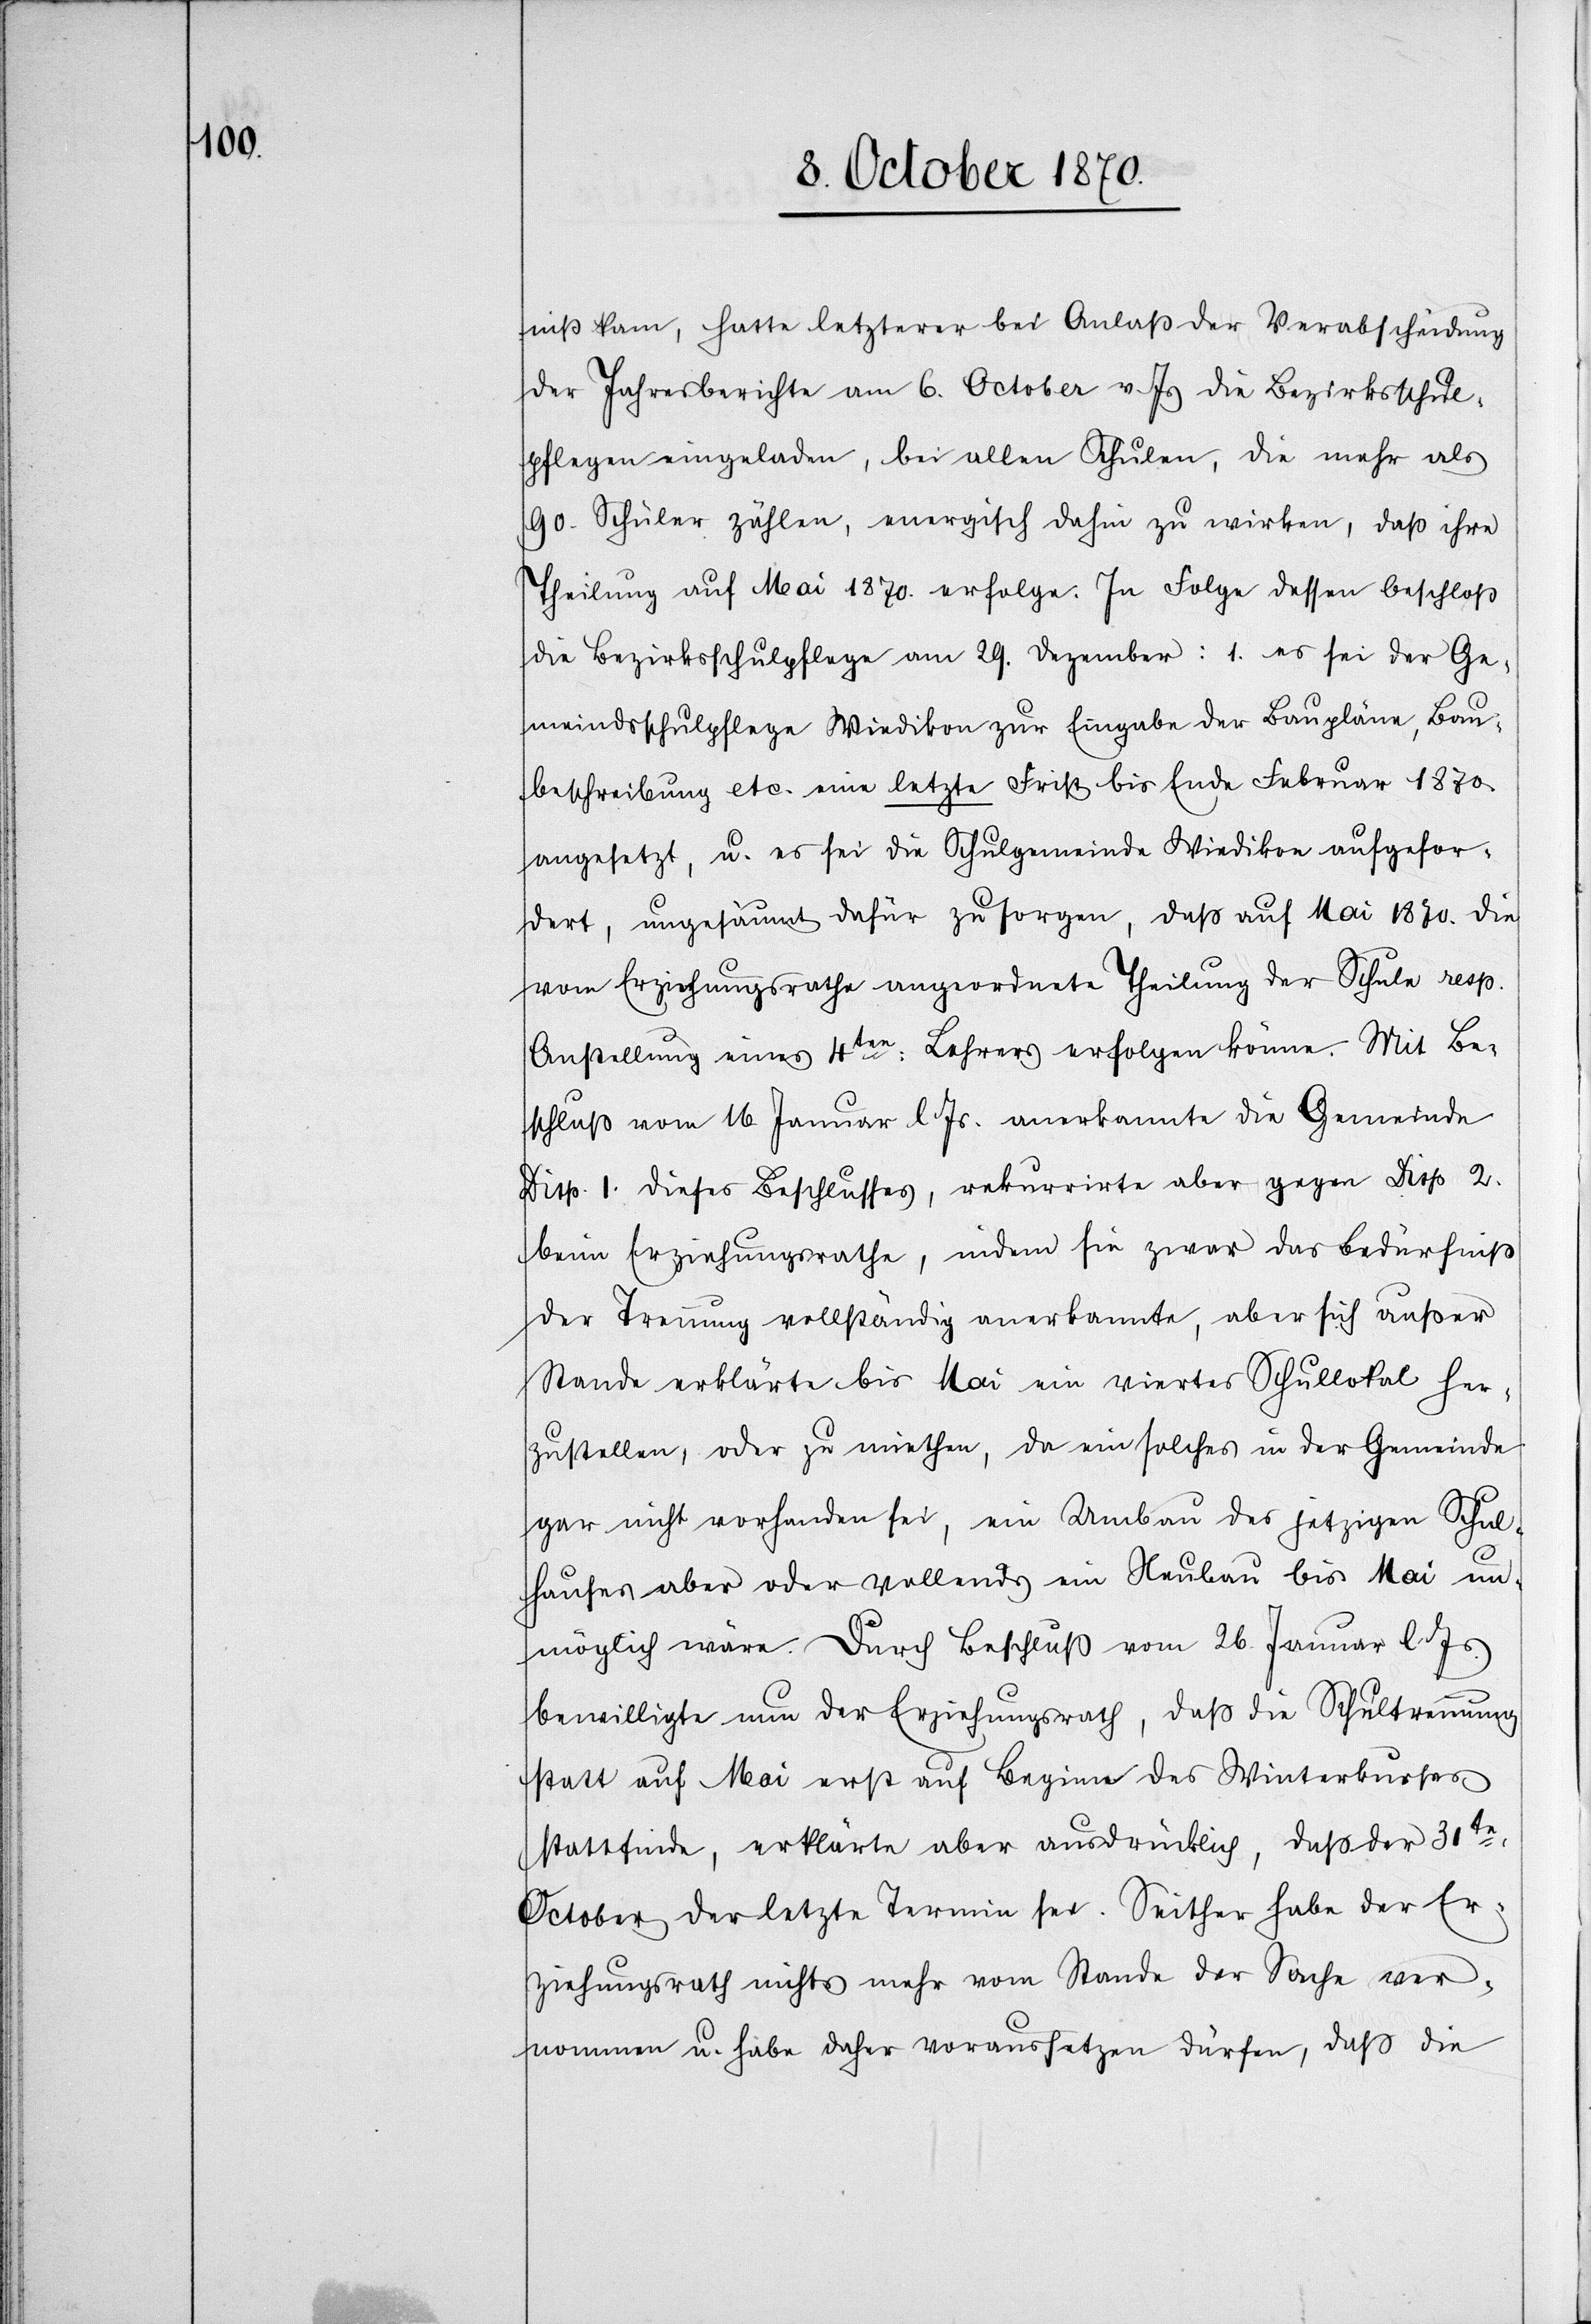
niß kam, hatte letztere bei Anlaß der Verabschiedung
der Jahresberichte am 6. October v. Js. die Bezirksschul¬
pflege eingeladen, bei allen Schulen, die mehr als
90. Schüler zählen, energisch dahin zu wirken, daß ihre
Theilung auf Mai 1870. erfolge. In Folge dessen beschloß
die Bezirksschulpflege am 29. Dezember: 1. es sei der Ge¬
meindsschulpflege Wiedikon zur Eingabe der Baupläne, Bau¬
beschreibung etc. eine letzte Frist bis Ende Februar 1870
angesetzt, u. es sei die Schulgemeinde Wiedikon aufgefor¬
dert, ungesäumt dafür zu sorgen, daß auf Mai 1870. die
vom Erziehungsrathe angeordnete Theilung der Schule resp.
Anstellung eines 4ten: Lehrers erfolgen könne. Mit Be¬
schluß vom 16. Januar l. Js. anerkannte die Gemeinde
Disp. I. dieses Beschlusses, rekurrirte aber gegen Disp. 2.
beim Erziehungsrathe, indem sie zwar das Bedürfniß
der Trennung vollständig anerkannte, aber sich außer
Stande erklärte bis Mai ein viertes Schullokal her¬
zustellen, oder zu miethen, da ein solches in der Gemeinde
gar nicht vorhanden sei, ein Umbau des jetzigen Schul¬
hauses aber oder vollends ein Neubau bis Mai un¬
möglich wäre. Durch Beschluß vom 26. Januar l. Js.
bewilligte nun der Erziehungsrath, daß die Schultrennung
statt auf Mai erst auf Beginn des Winterkurses
stattfinde, erklärte aber ausdrücklich, daß der 30te:
October der letzte Termin sei. Seither habe der Er¬
ziehungsrath nichts mehr vom Stande der Sache ver¬
nommen u. habe daher voraussetzen dürfen, daß die